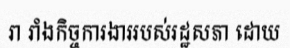
រា រាំងកិច្ចការងាររបស់រដ្ឋសភា ដោយ